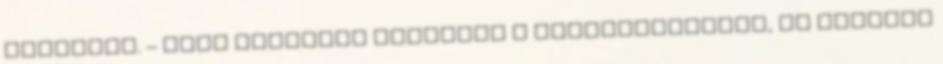
gyanítja. – Este megállok hazafelé a gyógyszerárnál, és elhozom